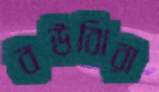
বউঝিরা